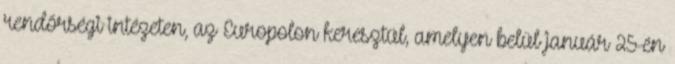
rendőrségi intézeten, az Europolon keresztül, amelyen belül január 25-én